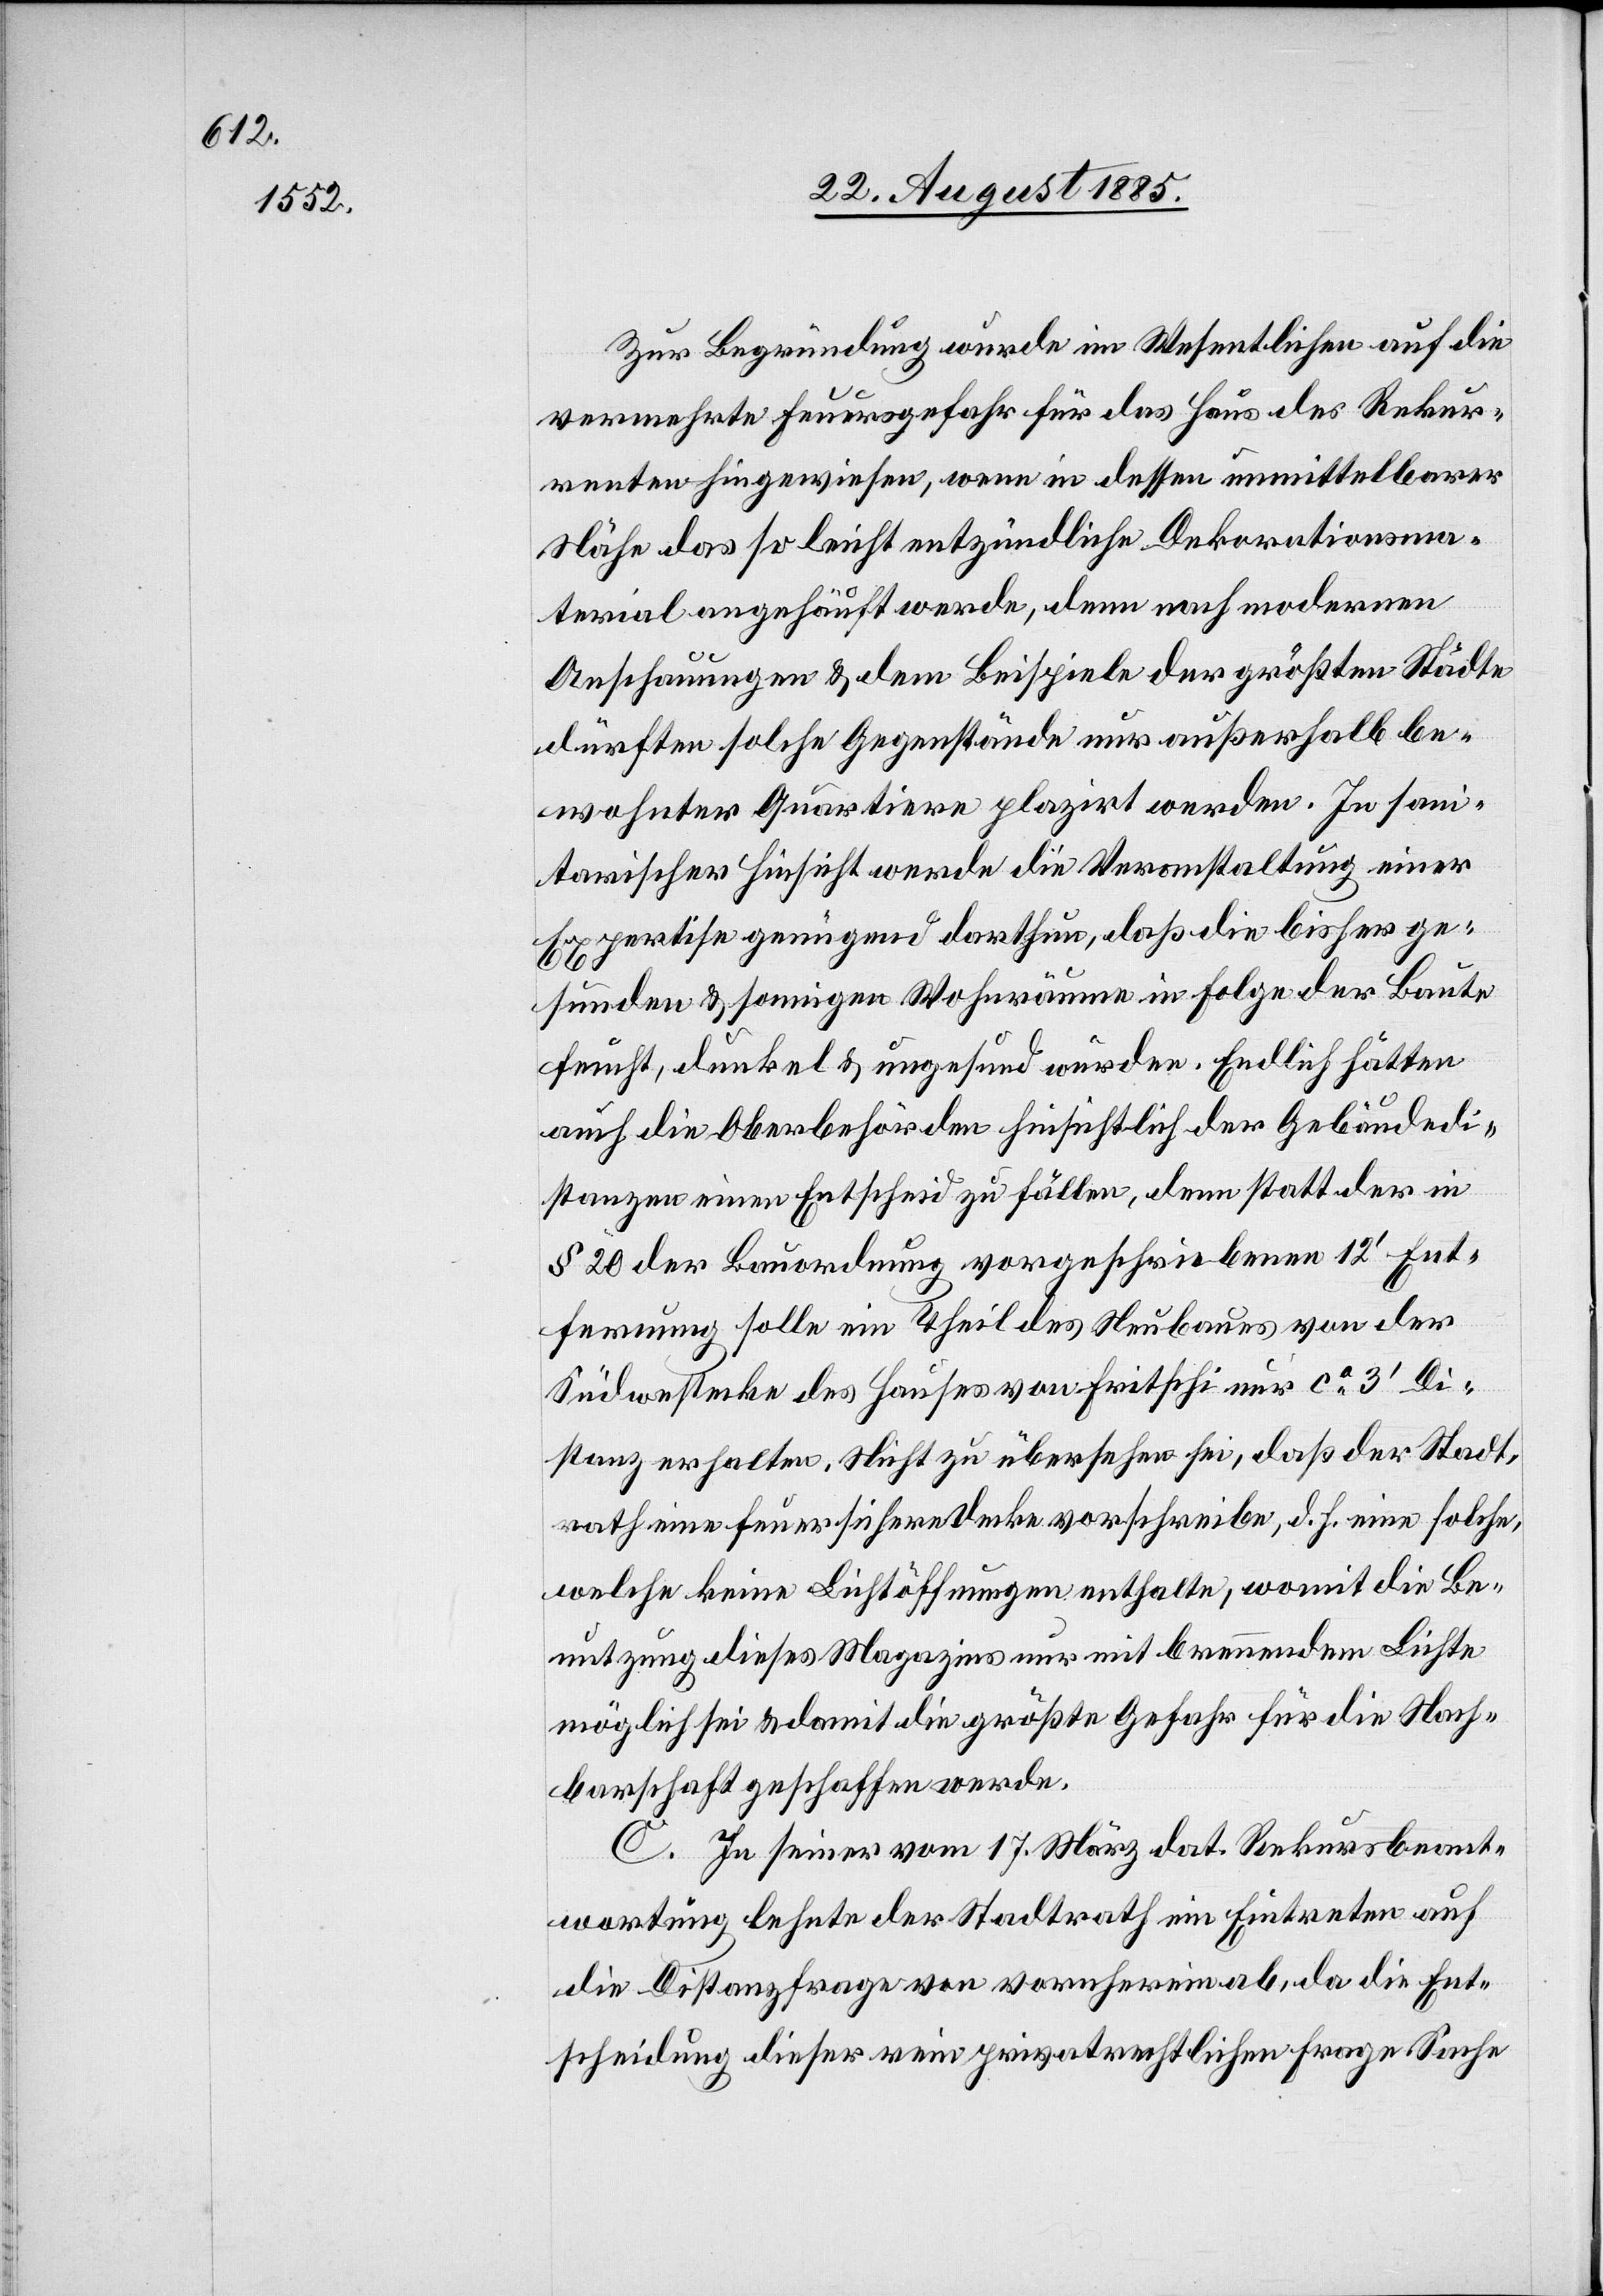
Zur Begründung wurde im Wesentlichen auf die
vermehrte Feuersgefahr für das Haus des Rekur¬
renten hingewiesen, wenn in dessen unmittelbarer
Nähe das so leicht entzündliche Dekorationsma¬
terial angehäuft werde, denn nach modernen
Anschauungen & dem Beispiele der größten Städte
dürften solche Gegenstände nur außerhalb be¬
wohnter Quartiere plazirt werden. In sani¬
tarischer Hinsicht werde die Veranstaltung einer
Expertise genügend darthun, daß die bisher ge¬
sunden & sonnigen Wohnräume in Folge der Baute
feucht, dunkel & ungesund würden. Endlich hätten
auch die Oberbehörden hinsichtlich der Gebäudedi¬
stanzen einen Entscheid zu fällen, denn statt der in
§ 20 der Bauordnung vorgeschriebenen 12‘ Ent¬
fernung solle ein Theil des Neubaues von der
Südwestecke des Hauses von Fritschi nur ca 3‘ Di¬
stanz erhalten. Nicht zu übersehen sei, daß der Stadt¬
rath eine feuersichere Decke vorschreibe, d. h. eine solche,
welche keine Lichtöffnungen enthalte, womit die Be¬
nutzung dieses Magazins nur mit brennendem Lichte
möglich sei & damit die größte Gefahr für die Nach¬
barschaft geschaffen werde.
C. In seiner vom 17. März dat. Rekursbeant¬
wortung lehnte der Stadtrath ein Eintreten auf
die Distanzfrage von vorneherein ab, da die Ent¬
scheidung dieser rein privatrechtlichen Frage Sache